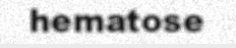
hematose